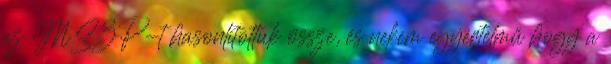
az MSZP-t hasonlítottuk össze, és nekem egyértelmű hogy a